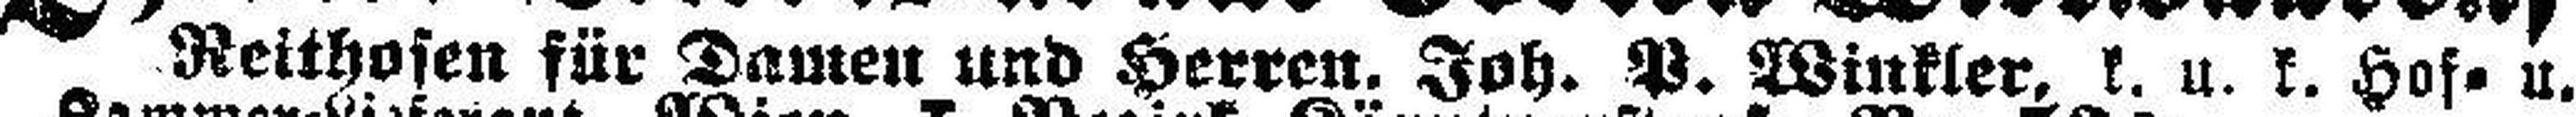
Reithosen für Damen und Herren, Joh. P. Winkler, k. u. k. Hof= u.